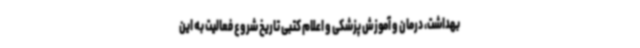
بهداشت، درمان و آموزش پزشکی و اعلام کتبی تاریخ شروع فعالیت به این